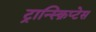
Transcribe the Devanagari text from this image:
ट्रान्स्क्रिप्टेस